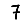
Digit: 7